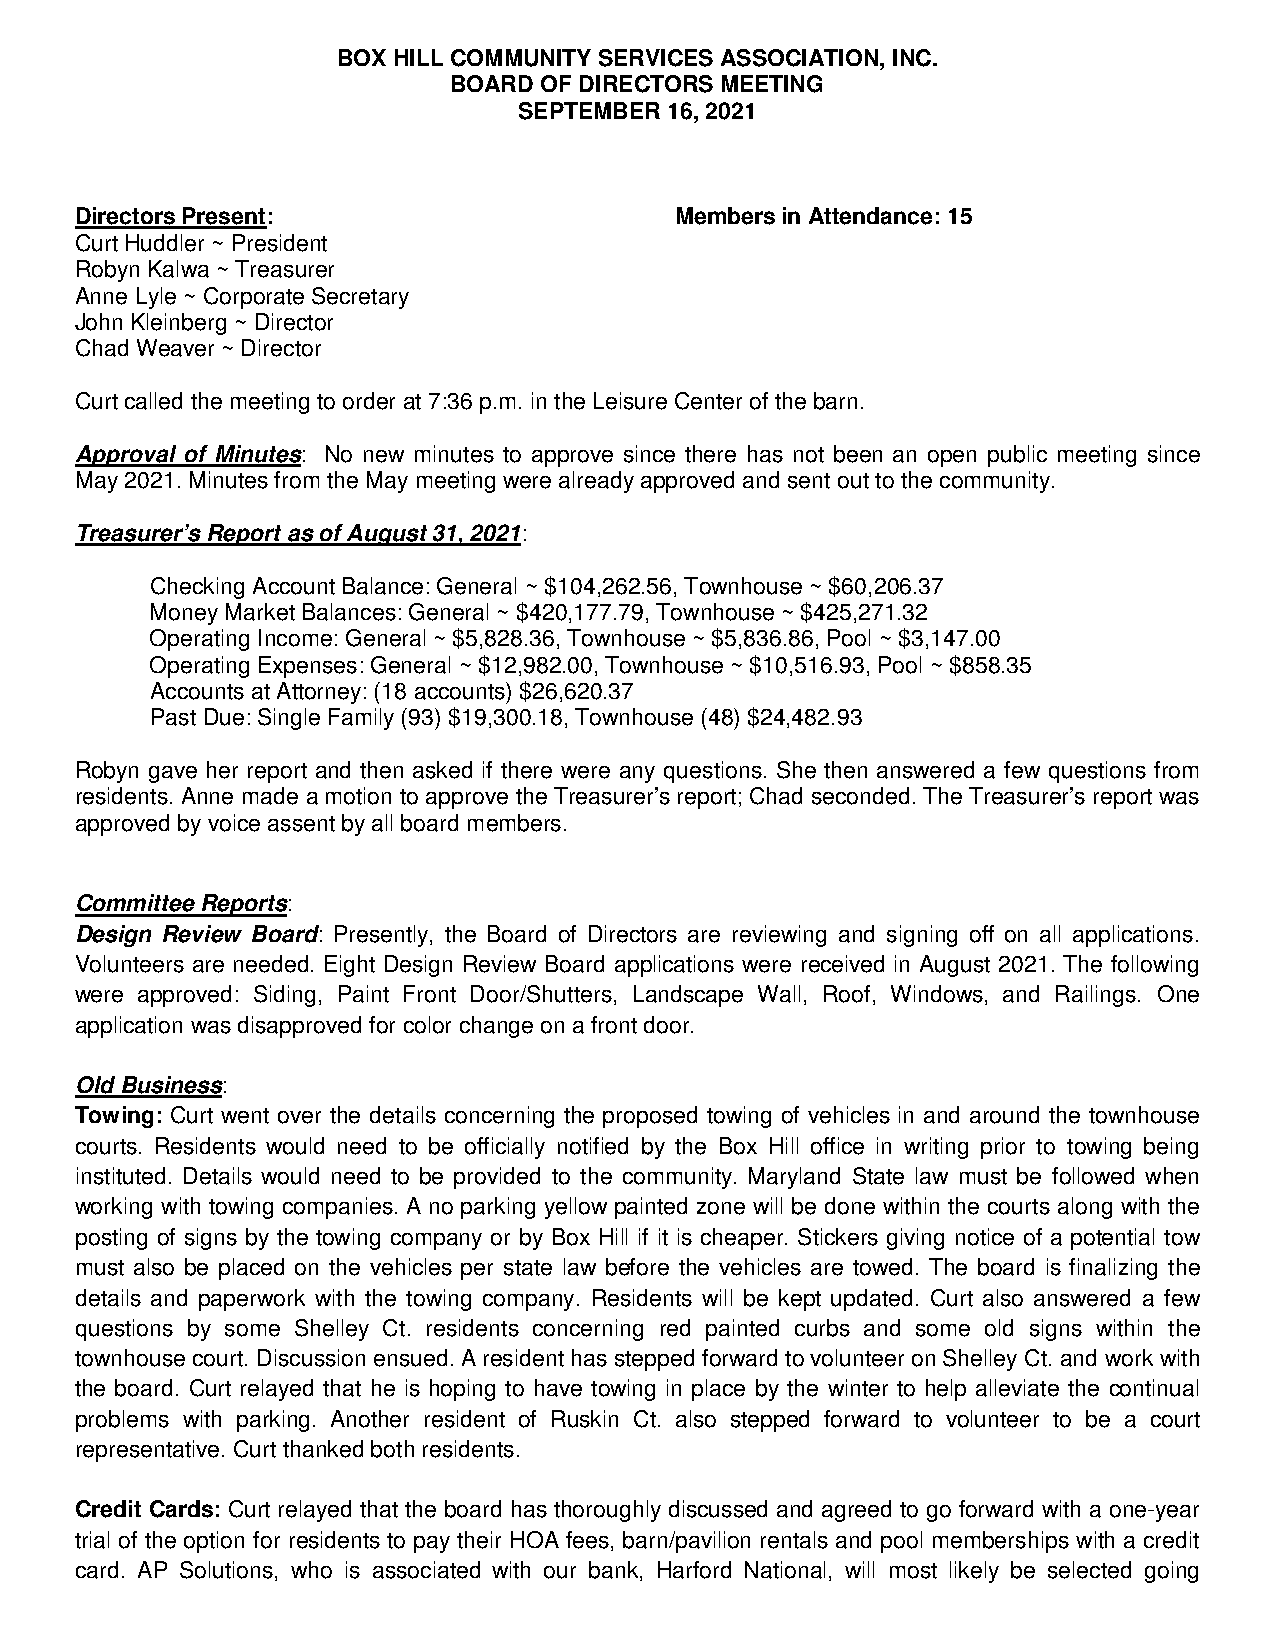
BOX HILL COMMUNITY SERVICES ASSOCIATION, INC.
 BOARD OF DIRECTORS MEETING
 SEPTEMBER 16, 2021
 Directors Present:                      Members in Attendance: 15
 Curt Huddler ~ President
 Robyn Kalwa ~ Treasurer
 Anne Lyle ~ Corporate Secretary
 John Kleinberg ~ Director
 Chad Weaver ~ Director
 Curt called the meeting to order at 7:36 p.m. in the Leisure Center of the barn.
 Approval of Minutes: No new minutes to approve since there has not been an open public meeting since
 May 2021. Minutes from the May meeting were already approved and sent out to the community.
 Treasurer’s Report as of August 31, 2021:
 Checking Account Balance: General ~ $104,262.56, Townhouse ~ $60,206.37
 Money Market Balances: General ~ $420,177.79, Townhouse ~ $425,271.32
 Operating Income: General ~ $5,828.36, Townhouse ~ $5,836.86, Pool ~ $3,147.00
 Operating Expenses: General ~ $12,982.00, Townhouse ~ $10,516.93, Pool ~ $858.35
 Accounts at Attorney: (18 accounts) $26,620.37
 Past Due: Single Family (93) $19,300.18, Townhouse (48) $24,482.93
 Robyn gave her report and then asked if there were any questions. She then answered a few questions from
 residents. Anne made a motion to approve the Treasurer’s report; Chad seconded. The Treasurer’s report was
 approved by voice assent by all board members.
 Committee Reports:
 Design Review Board: Presently, the Board of Directors are reviewing and signing off on all applications.
 Volunteers are needed. Eight Design Review Board applications were received in August 2021. The following
 were approved: Siding, Paint Front Door/Shutters, Landscape Wall, Roof, Windows, and Railings. One
 application was disapproved for color change on a front door.
 Old Business:
 Towing: Curt went over the details concerning the proposed towing of vehicles in and around the townhouse
 courts. Residents would need to be officially notified by the Box Hill office in writing prior to towing being
 instituted. Details would need to be provided to the community. Maryland State law must be followed when
 working with towing companies. A no parking yellow painted zone will be done within the courts along with the
 posting of signs by the towing company or by Box Hill if it is cheaper. Stickers giving notice of a potential tow
 must also be placed on the vehicles per state law before the vehicles are towed. The board is finalizing the
 details and paperwork with the towing company. Residents will be kept updated. Curt also answered a few
 questions by some Shelley Ct. residents concerning red painted curbs and some old signs within the
 townhouse court. Discussion ensued. A resident has stepped forward to volunteer on Shelley Ct. and work with
 the board. Curt relayed that he is hoping to have towing in place by the winter to help alleviate the continual
 problems with parking. Another resident of Ruskin Ct. also stepped forward to volunteer to be a court
 representative. Curt thanked both residents.
 Credit Cards: Curt relayed that the board has thoroughly discussed and agreed to go forward with a one-year
 trial of the option for residents to pay their HOA fees, barn/pavilion rentals and pool memberships with a credit
 card. AP Solutions, who is associated with our bank, Harford National, will most likely be selected going